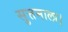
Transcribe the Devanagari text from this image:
सुत्तमाला।